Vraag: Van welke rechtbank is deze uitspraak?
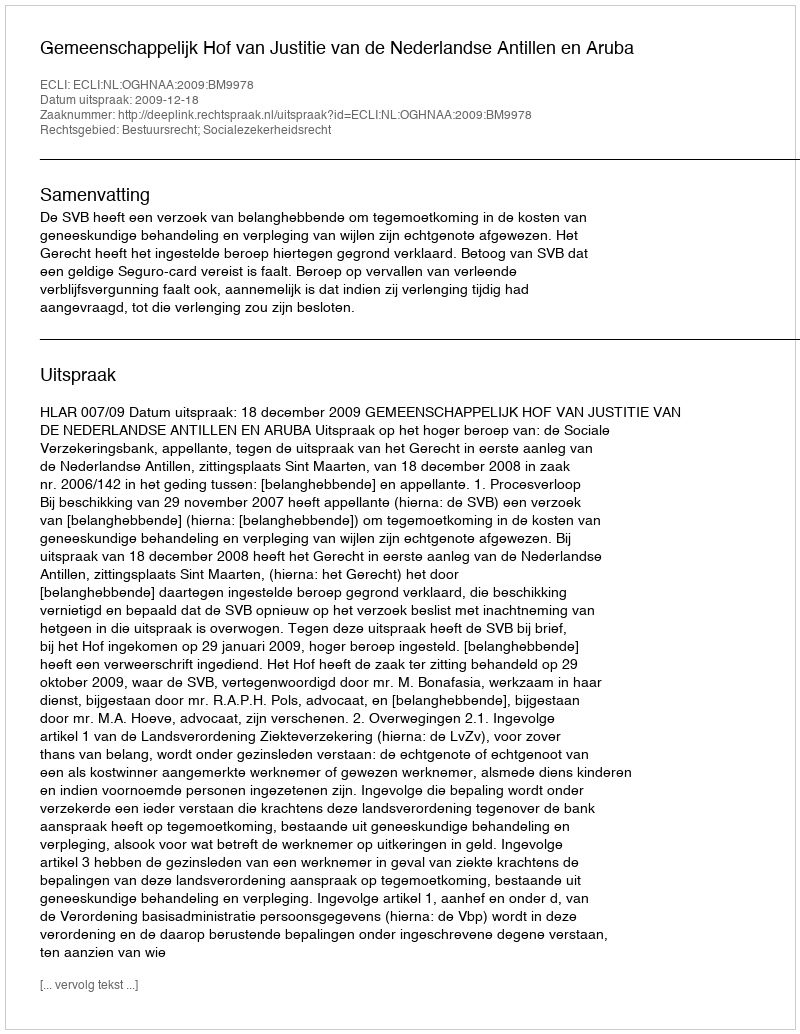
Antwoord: Gemeenschappelijk Hof van Justitie van de Nederlandse Antillen en Aruba